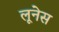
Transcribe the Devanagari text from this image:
लूनेस